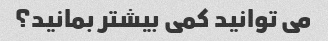
می توانید کمی بیشتر بمانید؟